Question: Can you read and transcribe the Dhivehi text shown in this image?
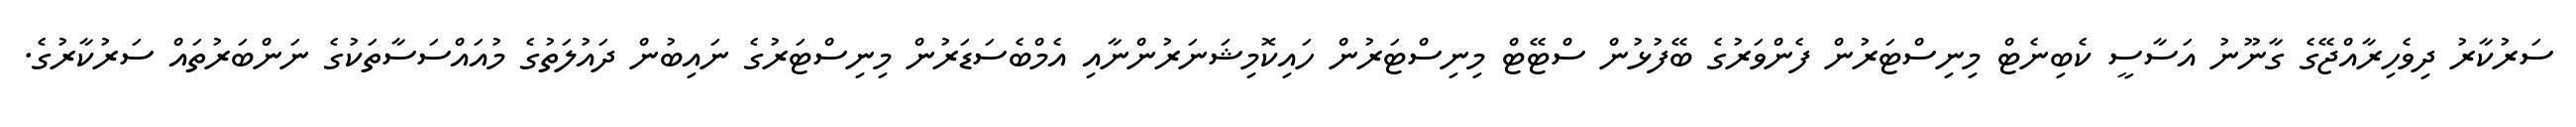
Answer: ސަރުކާރު ދިވެހިރާއްޖޭގެ ގާނޫނު އަސާސީ ކެބިނެޓް މިނިސްޓަރުން ފެންވަރުގެ ބޭފުޅުން ސްޓޭޓް މިނިސްޓަރުން ހައިކޮމިޝަނަރުންނާއި އެމްބެސަޑަރުން މިނިސްޓަރުގެ ނައިބުން ދައުލަތުގެ މުއައްސަސާތަކުގެ ނަންބަރުތައް ސަރުކާރުގެ.